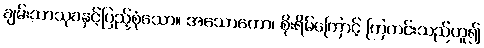
ချမ်းသာသုခနှင့်ပြည့်စုံသော။ အသောကော၊ စိုးရိမ်ကြောင့် ကြကင်းသည်ဟူ၍